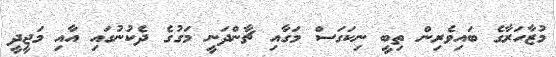
މުޒާހަރާގެ ބައިވެރިން ތިބީ ނިކަގަސް މަގާއި ޗާންދަނީ މަގުގެ ދެކުނުގައި އާއި މަޖީދީ